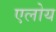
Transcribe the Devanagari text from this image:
एलोय